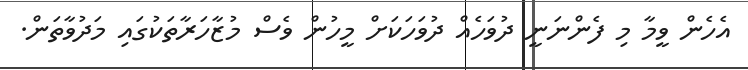
އެހެން ވީމާ މި ފެންނަނީ ދުވަހެއް ދުވަހަކަށް މީހުން ވެސް މުޒާހަރާތަކުގައި މަދުވާތަން.